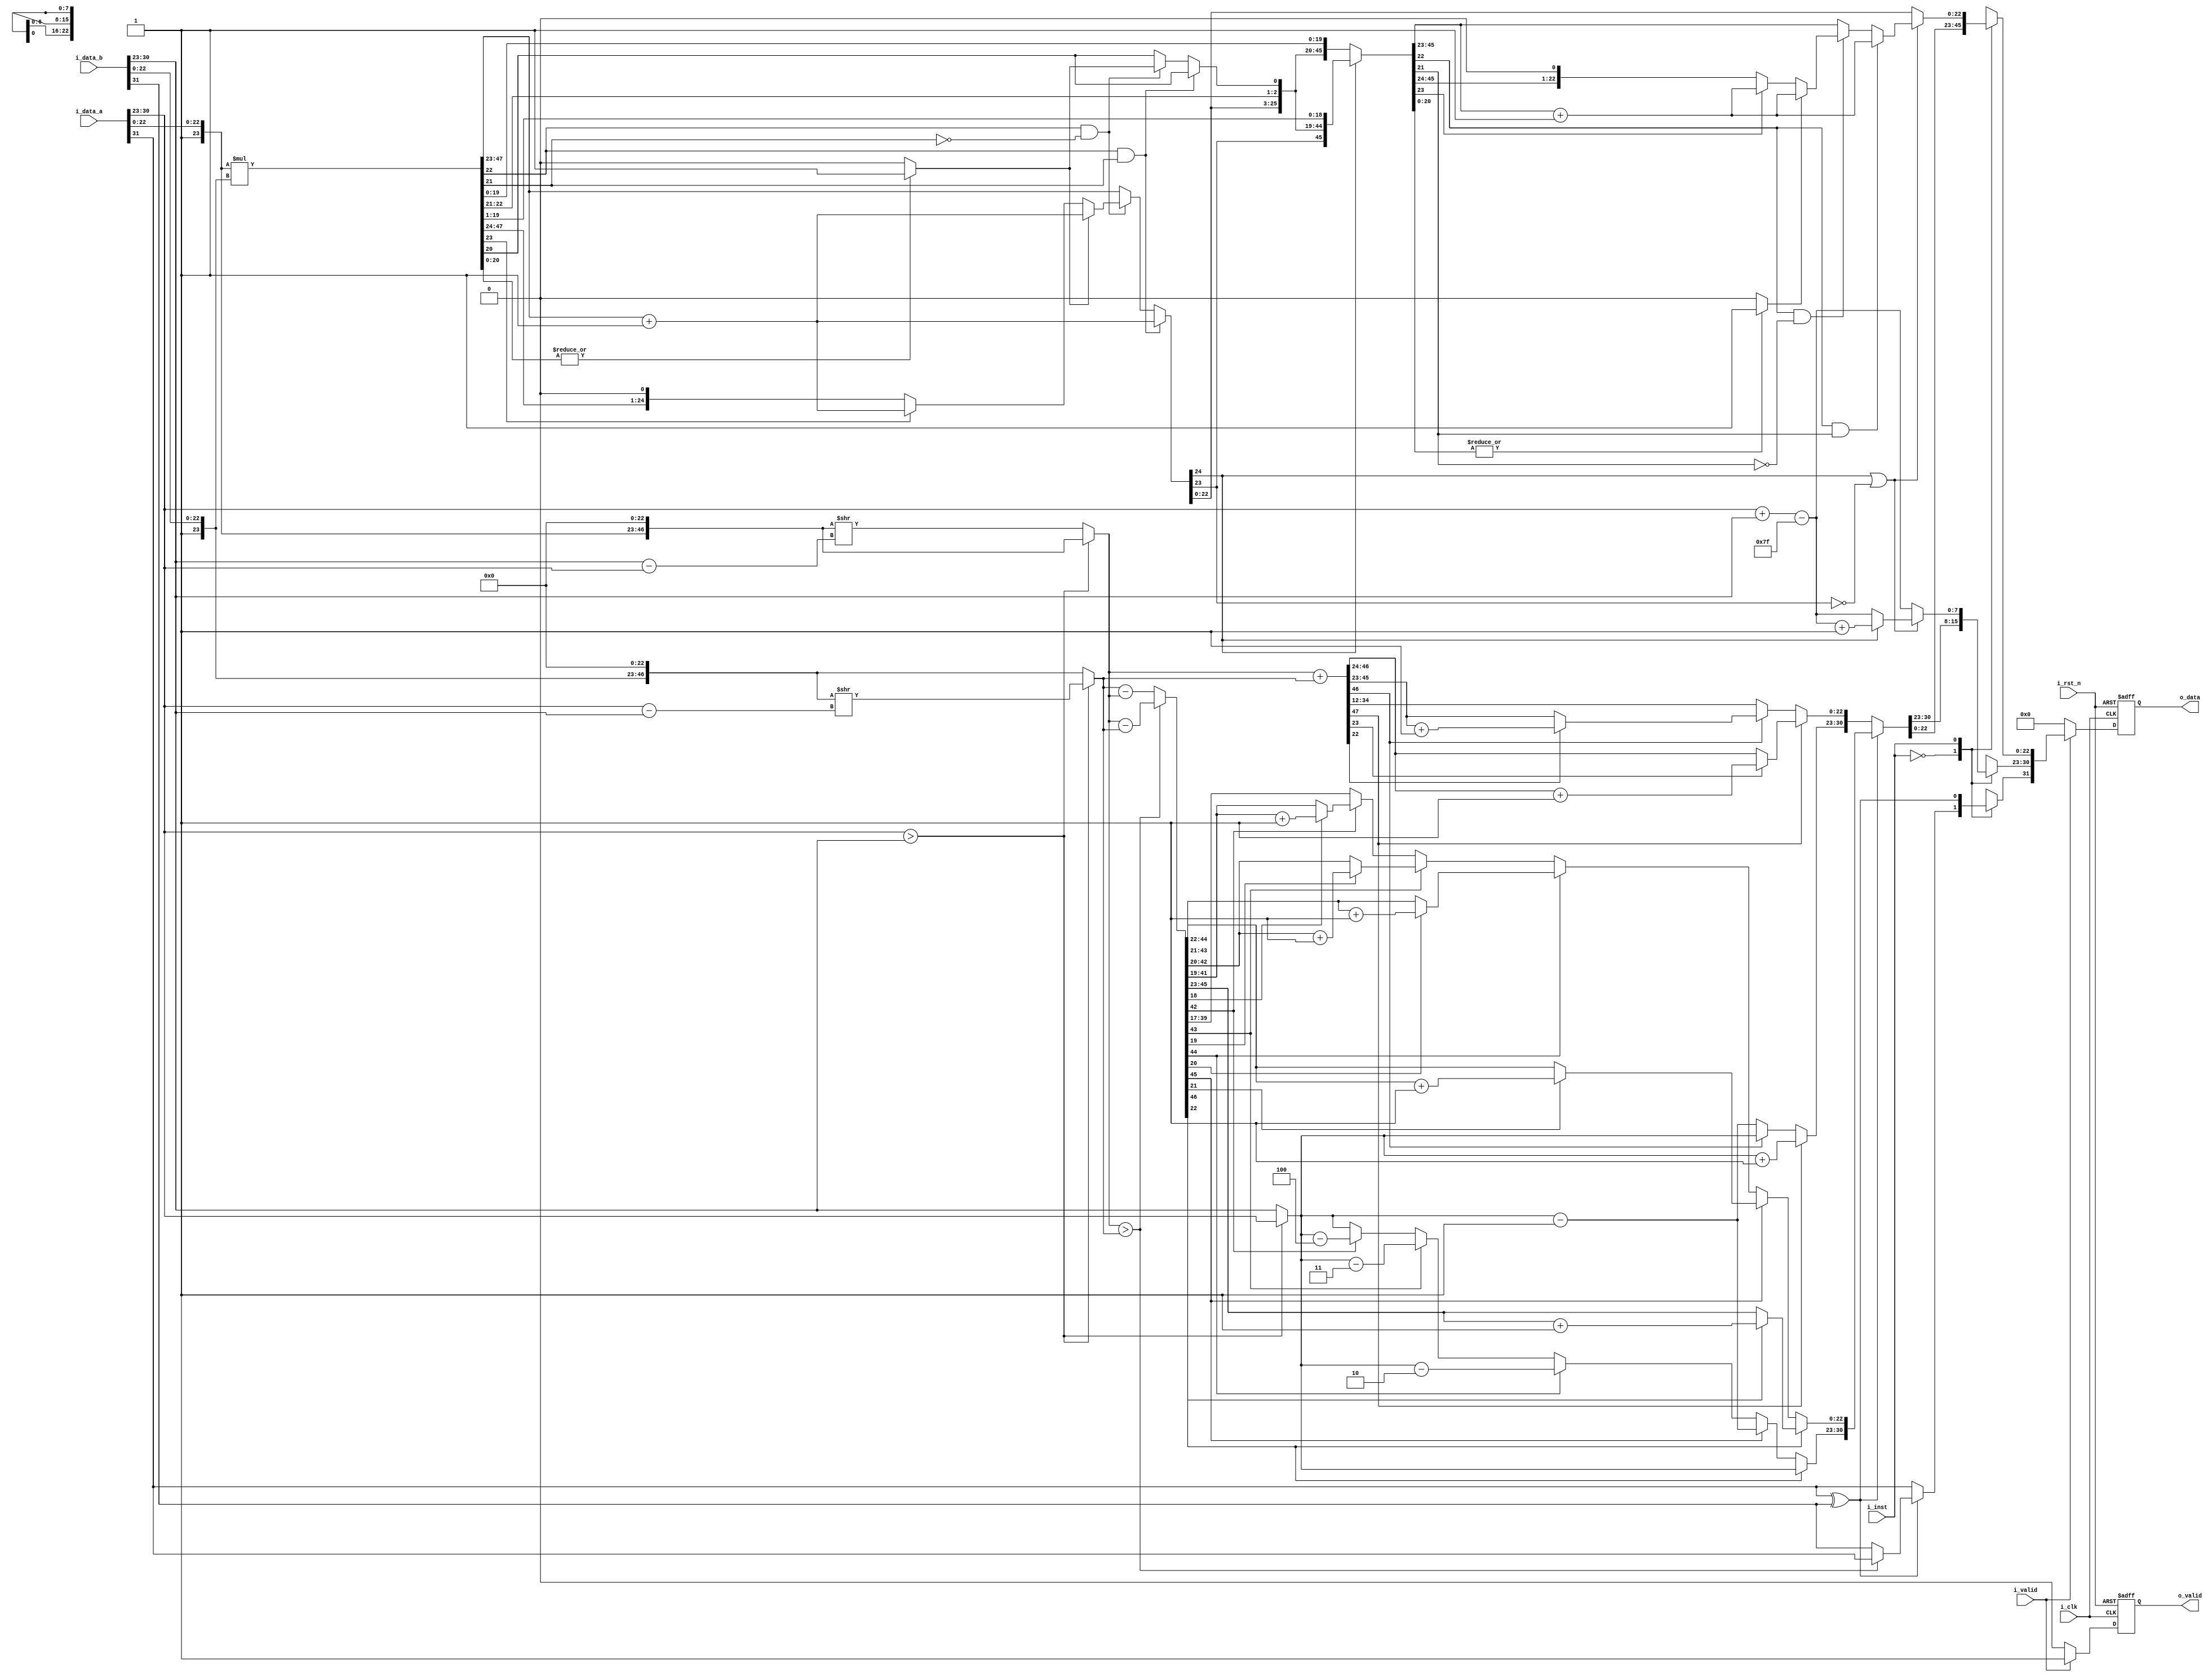
module fpu #(
    parameter DATA_WIDTH = 32,
    parameter INST_WIDTH = 1
)(
    input                   i_clk,
    input                   i_rst_n,
    input  [DATA_WIDTH-1:0] i_data_a,
    input  [DATA_WIDTH-1:0] i_data_b,
    input  [INST_WIDTH-1:0] i_inst,
    input                   i_valid,
    output [DATA_WIDTH-1:0] o_data,
    output                  o_valid
);

    // homework
    reg [DATA_WIDTH-1:0] o_data_r, o_data_w; 
    reg                  o_valid_r, o_valid_w;
    wire [30:23]          i_expo_a, i_expo_b;
    wire [22:0]           i_frag_a, i_frag_b;
    reg [30:23]           i_expo_sub;
    reg [30:23]           o_expo;
    
    wire                  i_sign_a, i_sign_b;
    reg [46:0]            i_frag_aa, i_frag_bb;
    reg [23:0]            i_frag_a1, i_frag_b1;
    reg [46:0]            i_frag_af, i_frag_bf;
    reg [47:0]            i_frag_o, i_frag_ma, i_frag_mb;
    reg [22:0]            i_frag_oo;


    


    //  register  o_data
    assign o_data = o_data_r;  // o_data  o_data_r 
    assign o_valid = o_valid_r;

    assign i_expo_a = i_data_a[30:23];
    assign i_expo_b = i_data_b[30:23];
    assign i_frag_a = i_data_a[22:0];
    assign i_frag_b = i_data_b[22:0];
    assign i_sign_a = i_data_a[DATA_WIDTH-1];
    assign i_sign_b = i_data_b[DATA_WIDTH-1];




    //combinational
    always @(*) begin
        if (i_valid) begin    // i_valid   B  A  B 
           
            case (i_inst) 
                1'd0: begin  //add

                    i_frag_a1 = {1'b1, i_frag_a};
                    i_frag_b1 = {1'b1, i_frag_b};

                    if (i_expo_a > i_expo_b) begin 
                        i_expo_sub = i_expo_a - i_expo_b;
                        i_frag_bf = {i_frag_b1, 23'b0};
                        i_frag_bb = i_frag_bf >> i_expo_sub;
                        i_frag_aa = {i_frag_a1, 23'b0};

                        o_expo = i_expo_a;
                    end
                    else begin
                        i_expo_sub = i_expo_b - i_expo_a;
                        i_frag_af = {i_frag_a1, 23'b0};
                        i_frag_aa = i_frag_af >> i_expo_sub;
                        i_frag_bb = {i_frag_b1, 23'b0};
                        o_expo = i_expo_b;
                    end
                    
                    if (i_sign_a ^ i_sign_b) begin                        
                        
                        if (i_frag_aa > i_frag_bb) begin
                            
                            i_frag_o = i_frag_aa - i_frag_bb;
                            
                            o_data_w[DATA_WIDTH-1] = i_sign_a;
                            
                        end

                        else begin
                            i_frag_o = i_frag_bb - i_frag_aa;
                            o_data_w[DATA_WIDTH-1] = i_sign_b;

                        end
                            
                    
                        if (i_frag_o[46] == 1) begin
                            
                            if (i_frag_o[22] == 1)
                                o_data_w[22:0] = i_frag_o[45:23]+1;
                            else
                                o_data_w[22:0] = i_frag_o[45:23];
                            o_data_w[30:23] = o_expo;

                        end
                            
                        else if (i_frag_o[45] == 1) begin
                            if (i_frag_o[21] == 1)
                                o_data_w[22:0] = i_frag_o[44:22]+1;
                            else
                                o_data_w[22:0] = i_frag_o[44:22];

                            o_data_w[30:23] = o_expo - 1;
                        end
                            
                        else if (i_frag_o[44] == 1) begin
                            if (i_frag_o[20] == 1)
                                o_data_w[22:0] = i_frag_o[43:21]+1;
                            else
                                o_data_w[22:0] = i_frag_o[43:21];

                            o_data_w[30:23] = o_expo - 2;
                        end

                        else if (i_frag_o[43] == 1) begin
                            if (i_frag_o[19] == 1)
                                o_data_w[22:0] = i_frag_o[42:20]+1;
                            else
                                o_data_w[22:0] = i_frag_o[42:20];

                            o_data_w[30:23] = o_expo - 3;
                        end


                        else if (i_frag_o[42] == 1) begin
                            if (i_frag_o[18] == 1)
                                o_data_w[22:0] = i_frag_o[41:19]+1;
                            else
                                o_data_w[22:0] = i_frag_o[41:19];

                            o_data_w[30:23] = o_expo - 4;
                        end



                        else begin
                            o_data_w[22:0] = i_frag_o[39:17];
                            o_data_w[30:23] = o_expo;                               
                        end


                    end
                    else begin
                        
                        i_frag_o = i_frag_aa + i_frag_bb;
                        

                        if (i_frag_o[47] == 1) begin
                            if (i_frag_o[23] == 1)
                                o_data_w[22:0] = i_frag_o[46:24]+1;
                            else
                                o_data_w[22:0] = i_frag_o[46:24];
                            
                            o_data_w[30:23] = o_expo + 1;
                        end

                        else if (i_frag_o[46] == 1) begin
                            if (i_frag_o[22] == 1)
                                o_data_w[22:0] = i_frag_o[45:23] + 1;
                            else
                                o_data_w[22:0] = i_frag_o[45:23];
                            o_data_w[30:23] = o_expo;
                        end
                        

                        else begin
                            o_data_w[22:0] = i_frag_o[44:12];
                            o_data_w[30:23] = o_expo - 1;
                        end
                            

                        o_data_w[DATA_WIDTH-1] = i_sign_a;
                    end

                    o_valid_w = 1;                    
                end


                1'd1: begin
                    o_expo = i_expo_a + i_expo_b - 127;
                    o_data_w[DATA_WIDTH-1] = i_sign_a ^ i_sign_b;

                    i_frag_ma[47:24] = 24'd0;
                    i_frag_ma[23] = 1;
                    i_frag_ma[22:0] = i_frag_a;
                    i_frag_mb[47:24] = 24'd0;
                    i_frag_mb[23] = 1;
                    i_frag_mb[22:0] = i_frag_b;

                    i_frag_o = i_frag_ma * i_frag_mb;

                    // rounding
                    //case 1: G == 1 and R == 1
                    if (i_frag_o[22] && i_frag_o[21]) begin
                        i_frag_o[47:23] = i_frag_o[47:23] + 1;
                    end
                    //case 2: G == 1 and R == 0 -> check if S == 0
                    else if (i_frag_o[22] && ~i_frag_o[21]) begin 
                        i_frag_o[20] = |i_frag_o[20:0]? 1 : 0; //check all bits after S
                        if (i_frag_o[20] == 1)
                            i_frag_o[47:23] = i_frag_o[47:23] + 1;
                        else if (i_frag_o[23] == 1)
                            i_frag_o[47:23] = i_frag_o[47:23] + 1;
                            
                    end
                    
                    // check normalize again
                    if (i_frag_o[47] || ~i_frag_o[46]) begin
                        if (i_frag_o[47]) begin
                            i_frag_o = i_frag_o >> 1;
                            o_expo = o_expo + 1;   
                        end  

                        // rounding
                        //case 1: G == 1 and R == 1
                        if (i_frag_o[22] && i_frag_o[21]) begin
                            i_frag_o[47:23] = i_frag_o[47:23] + 1;
                        end
                        //case 2: G == 1 and R == 0 -> check if S == 0
                        else if (i_frag_o[22] && ~i_frag_o[21]) begin 
                            i_frag_o[20] = |i_frag_o[20:0]? 1 : 0; //check all bits after S
                            if (i_frag_o[20] == 1)
                                i_frag_o[47:23] = i_frag_o[47:23] + 1;
                            else if (i_frag_o[23] == 1)
                                i_frag_o[47:23] = i_frag_o[47:23] + 1;
                                
                        end
              
                    end


                    o_data_w[22:0] = i_frag_o[45:23];
                    o_data_w[30:23] = o_expo;
                    o_valid_w = 1;    
                end

                default: begin
                    o_data_w     = 0;
                    o_valid_w    = 1;  
                end  
            endcase
        end else begin
            o_data_w     = 0; 
            o_valid_w    = 0;  
        end
    end


    //sequencial
    always @(posedge i_clk or negedge i_rst_n) begin
        if(~i_rst_n) begin   // 0 reset register
            o_data_r <= 0;
            o_valid_r <= 0;
        
        end else begin
            o_data_r <= o_data_w;

            o_valid_r <= o_valid_w;
        end
    end


endmodule